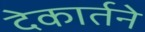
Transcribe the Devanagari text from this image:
देकार्तने